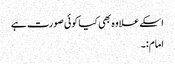
اسکے علاوہ بھی کیا کوئی صورت ہے
امام:۔